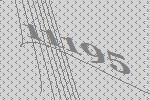
11195